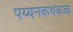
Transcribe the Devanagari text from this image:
पय्यनकथकळ